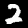
Digit: 2